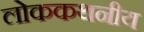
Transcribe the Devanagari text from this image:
लोककथनीय